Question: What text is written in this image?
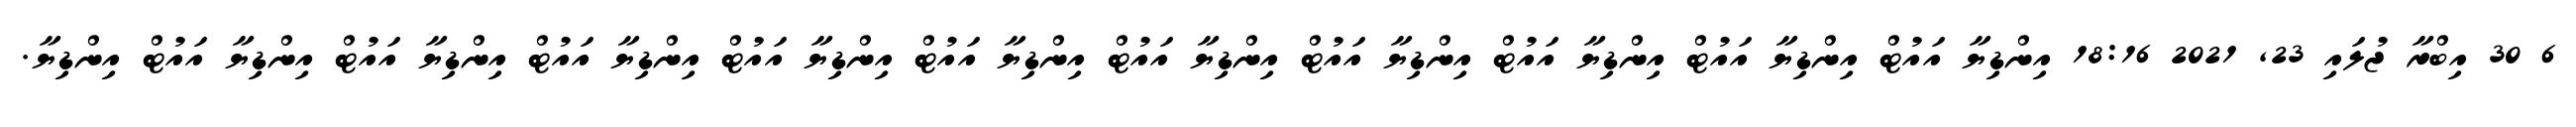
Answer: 6 30 އިބްރާ ޖުލައި 23, 2021 18:16 އިންޑިޔާ އައުޓް އިންޑިޔާ އައުޓް އިންޑިޔާ އައުޓް އިންޑިޔާ އައުޓް އިންޑިޔާ އައުޓް އިންޑިޔާ އައުޓް އިންޑިޔާ އައުޓް އިންޑިޔާ އައުޓް އިންޑިޔާ އައުޓް އިންޑިޔާ އައުޓް އިންޑިޔާ.